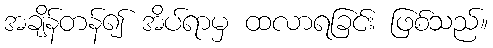
အချိန်တန်၍ အိပ်ရာမှ ထလာရခြင်း ဖြစ်သည်။